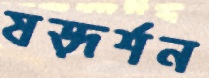
ষড়্‌দর্শন